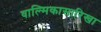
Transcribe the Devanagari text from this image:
वाल्मिकासारिखा